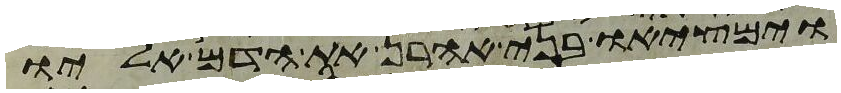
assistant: וימציאו בני אהרן את הדם אליו